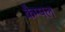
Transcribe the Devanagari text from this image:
कैम्पल